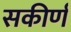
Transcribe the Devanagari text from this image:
सकीर्ण